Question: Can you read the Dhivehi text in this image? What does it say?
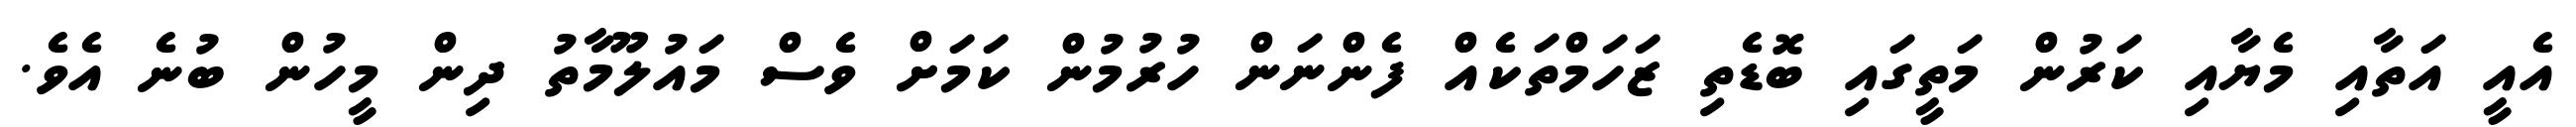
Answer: އެއީ އަތާއި މެޔާއި ކަރުން މަތީގައި ބޮޑެތި ޒަހަމްތަކެއް ފެންނަން ހުރުމުން ކަމަށް ވެސް މައުލޫމާތު ދިން މީހުން ބުނެ އެވެ.